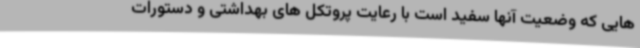
هایی که وضعیت آنها سفید است با رعایت پروتکل های بهداشتی و دستورات